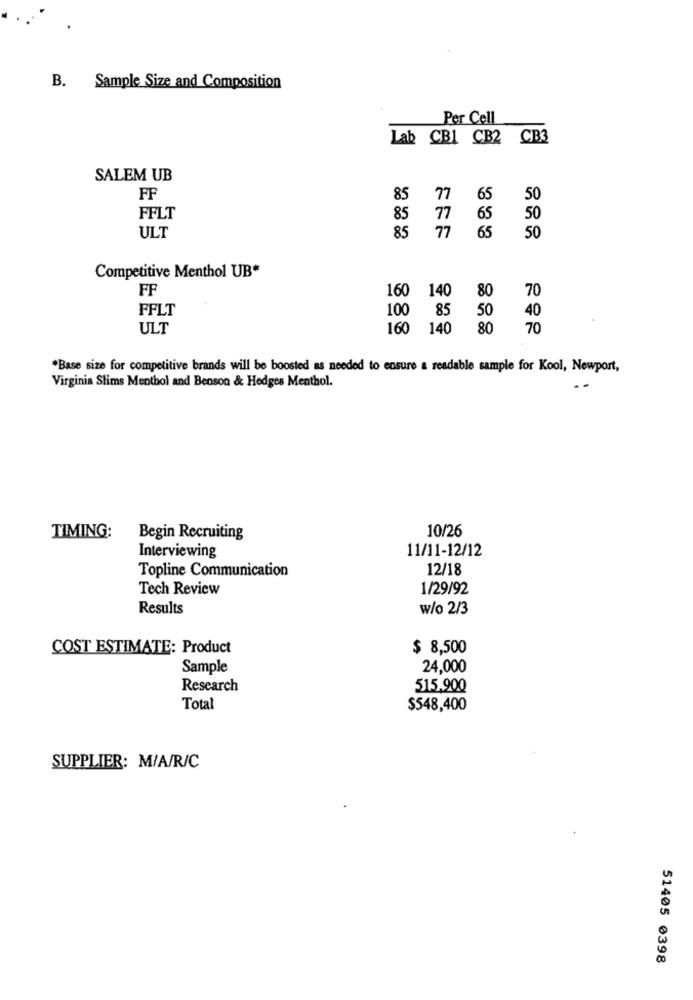
B. Sample Size and Composition
Per Cell
Lab CB1 CB2 CB3
SALEM UB
FF
85
77
65
50
FFLT
85
77
65
50
ULT
85 77
65
50
Competitive Menthol UB*
FF
160 140
80
70
FFLT
100
85
50
40
ULT
160
140 80
70
*Base size for competitive brands will be boosted as needed to ensure a readable sample for Kool, Newport,
Virginia Slims Menthol and Benson & Hedges Menthol.
10/26
TIMING:
Begin Recruiting
11/11-12/12
Interviewing
Topline Communication
12/18
Tech Review
1/29/92
Results
w/o 2/3
COST ESTIMATE: Product
$ 8,500
Sample
24,000
Research
515.900
Total
$548,400
SUPPLIER: M/A/R/C
51405 0398